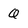
Character: Q